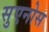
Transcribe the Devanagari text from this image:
सुएनोस